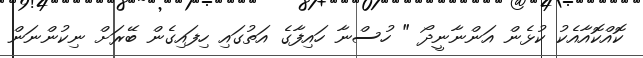
ކޮއްކޮއާއެކު ކުޅެން އަންނާނީދޯ " ހުސްނާ ހައިފާގެ އަތުގައި ހިފައިގެން ބޭރަށް ނިކުންނަން